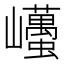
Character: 𡿋